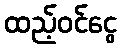
ထည့်ဝင်ငွေ